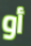
أو